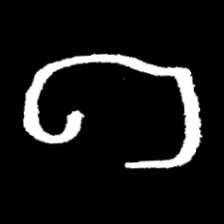
Pyu character \u2014 Myanmar letter: ဂ (romanized: ga)